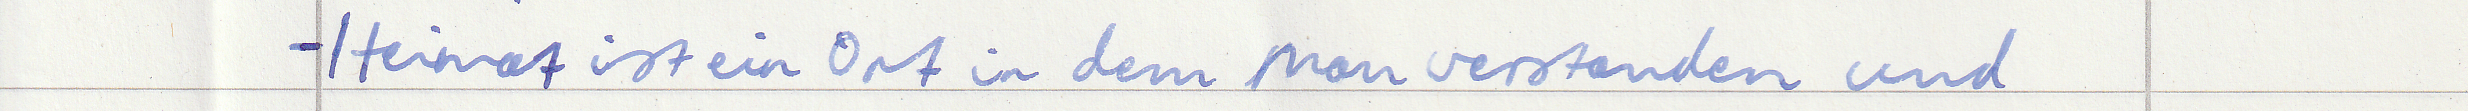
- Heimat ist ein Ort in dem man verstanden und